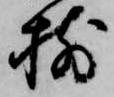
揃